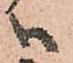
ハ